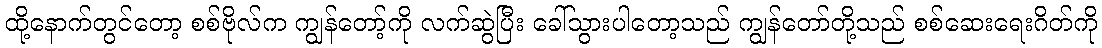
ထို့နောက်တွင်တော့ စစ်ဗိုလ်က ကျွန်တော့်ကို လက်ဆွဲပြီး ခေါ်သွားပါတော့သည် ကျွန်တော်တို့သည် စစ်ဆေးရေးဂိတ်ကို